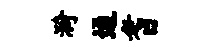
漪通耆